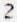
2